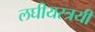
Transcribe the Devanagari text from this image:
लघीयस्त्रयी